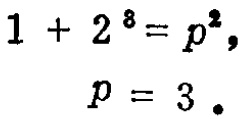
\[
1 + 2^{8}=p^{2},
\quad
p = 3.
\]